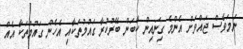
ނަމަވެސް ޖައްވަށް އެންމެ ގިނައިން ކާބަން ބޭރުކުރާ ގައުމުތަކާއި އެހެން ގައުމުތަކާ އެއް